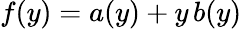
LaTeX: f(y)=a(y)+y\, b(y)